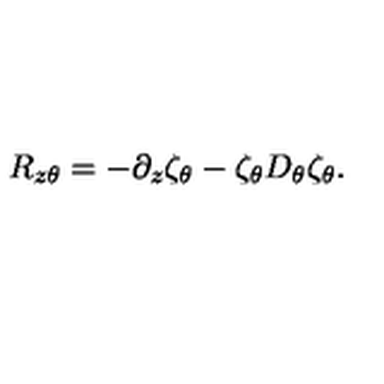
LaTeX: R _ { z \theta } = - \partial _ { z } \zeta _ { \theta } - \zeta _ { \theta } D _ { \theta } \zeta _ { \theta } .